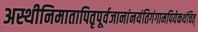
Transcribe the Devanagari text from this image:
अस्थीनिमातापितृपूर्वजानांनयंतिगंगामपियेकथंचित्